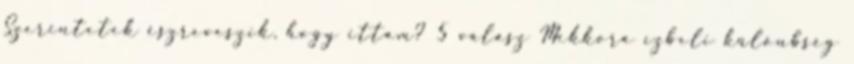
Szerintetek észreveszik, hogy ittam? 5 válasz Mekkora ízbeli különbség